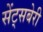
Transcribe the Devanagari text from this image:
सेंट्सबेरी